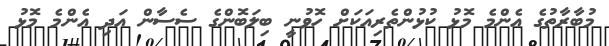
މުބާރާތުގެ އެންމެ މޮޅު ކުޅުންތެރިއަކަށް ހޮވުނީ ބިލަބޮންގެ ސެސާން އަދި އެންމެ މޮޅު